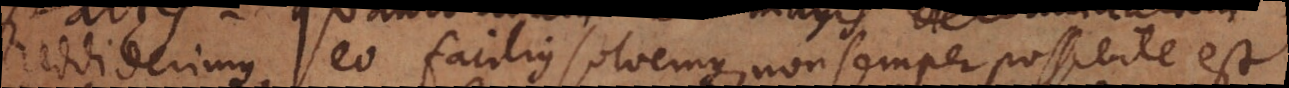
reddiderimus, eo facilius solvemus, non semper possibile est